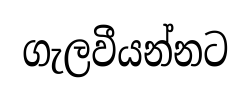
ගැලවීයන්නට